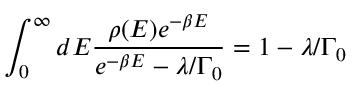
\int _ { 0 } ^ { \infty } d E \frac { \rho ( E ) e ^ { - \beta E } } { e ^ { - \beta E } - \lambda / \Gamma _ { 0 } } = 1 - \lambda / \Gamma _ { 0 }